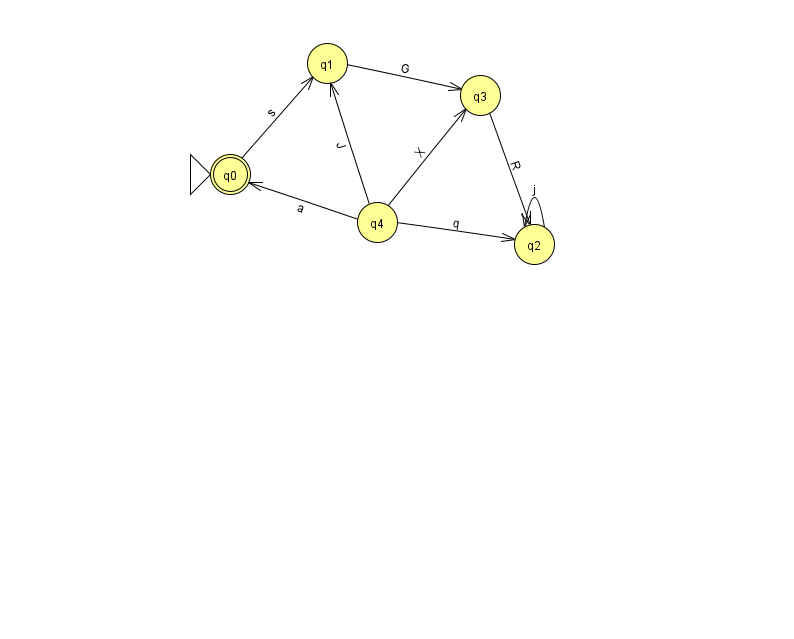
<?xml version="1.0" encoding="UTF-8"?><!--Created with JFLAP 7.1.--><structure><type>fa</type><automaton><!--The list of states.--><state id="0" name="q0"><x>230.0</x><y>161.0</y><initial/><final/></state><state id="1" name="q1"><x>327.0</x><y>50.0</y></state><state id="2" name="q2"><x>534.0</x><y>231.0</y></state><state id="3" name="q3"><x>480.0</x><y>82.0</y></state><state id="4" name="q4"><x>377.0</x><y>209.0</y></state><!--The list of transitions.--><transition><from>4</from><to>0</to><read>a</read></transition><transition><from>4</from><to>1</to><read>J</read></transition><transition><from>0</from><to>1</to><read>s</read></transition><transition><from>1</from><to>3</to><read>G</read></transition><transition><from>2</from><to>2</to><read>j</read></transition><transition><from>3</from><to>2</to><read>R</read></transition><transition><from>4</from><to>3</to><read>X</read></transition><transition><from>4</from><to>2</to><read>q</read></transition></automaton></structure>